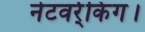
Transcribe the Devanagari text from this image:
नेटवर्र्किंग।